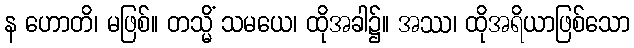
န ဟောတိ၊ မဖြစ်။ တသ္မိံ သမယေ၊ ထိုအခါ၌။ အဿ၊ ထိုအရိယာဖြစ်သော